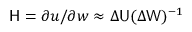
\mathsf { H } = { \partial \boldsymbol { u } } / { \partial \boldsymbol { w } } \approx \Delta \mathsf { U } ( \Delta \mathsf { W } ) ^ { - 1 }